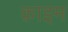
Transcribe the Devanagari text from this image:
क़ाइम